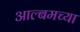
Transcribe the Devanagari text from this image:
आल्बमच्या